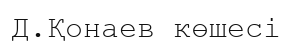
Д.Қонаев көшесі